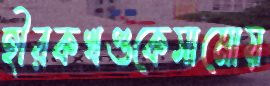
হীরকখণ্ডকেসামোয়